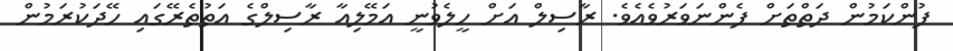
ފުންކަމުން ދަތްތަށް ފެންނަވަރުވެއެވެ. ރާސިލް އަށް ހީލެވުނީ އަމޭލިއާ ރާސިލްގެ އަތުތެރޭގައި ހޭދަކުރަމުން